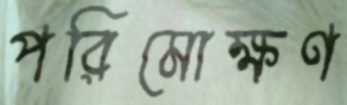
পরিমোক্ষণ